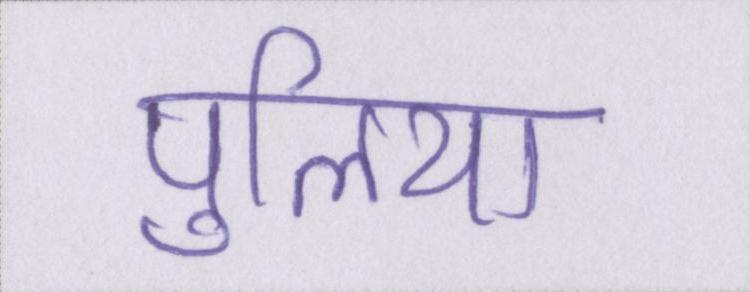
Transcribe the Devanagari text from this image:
पुलिया